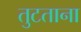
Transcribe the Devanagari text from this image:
तुटताना